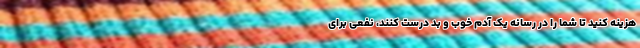
هزینه کنید تا شما را در رسانه یک آدم خوب و بد درست کنند، نفعی برای